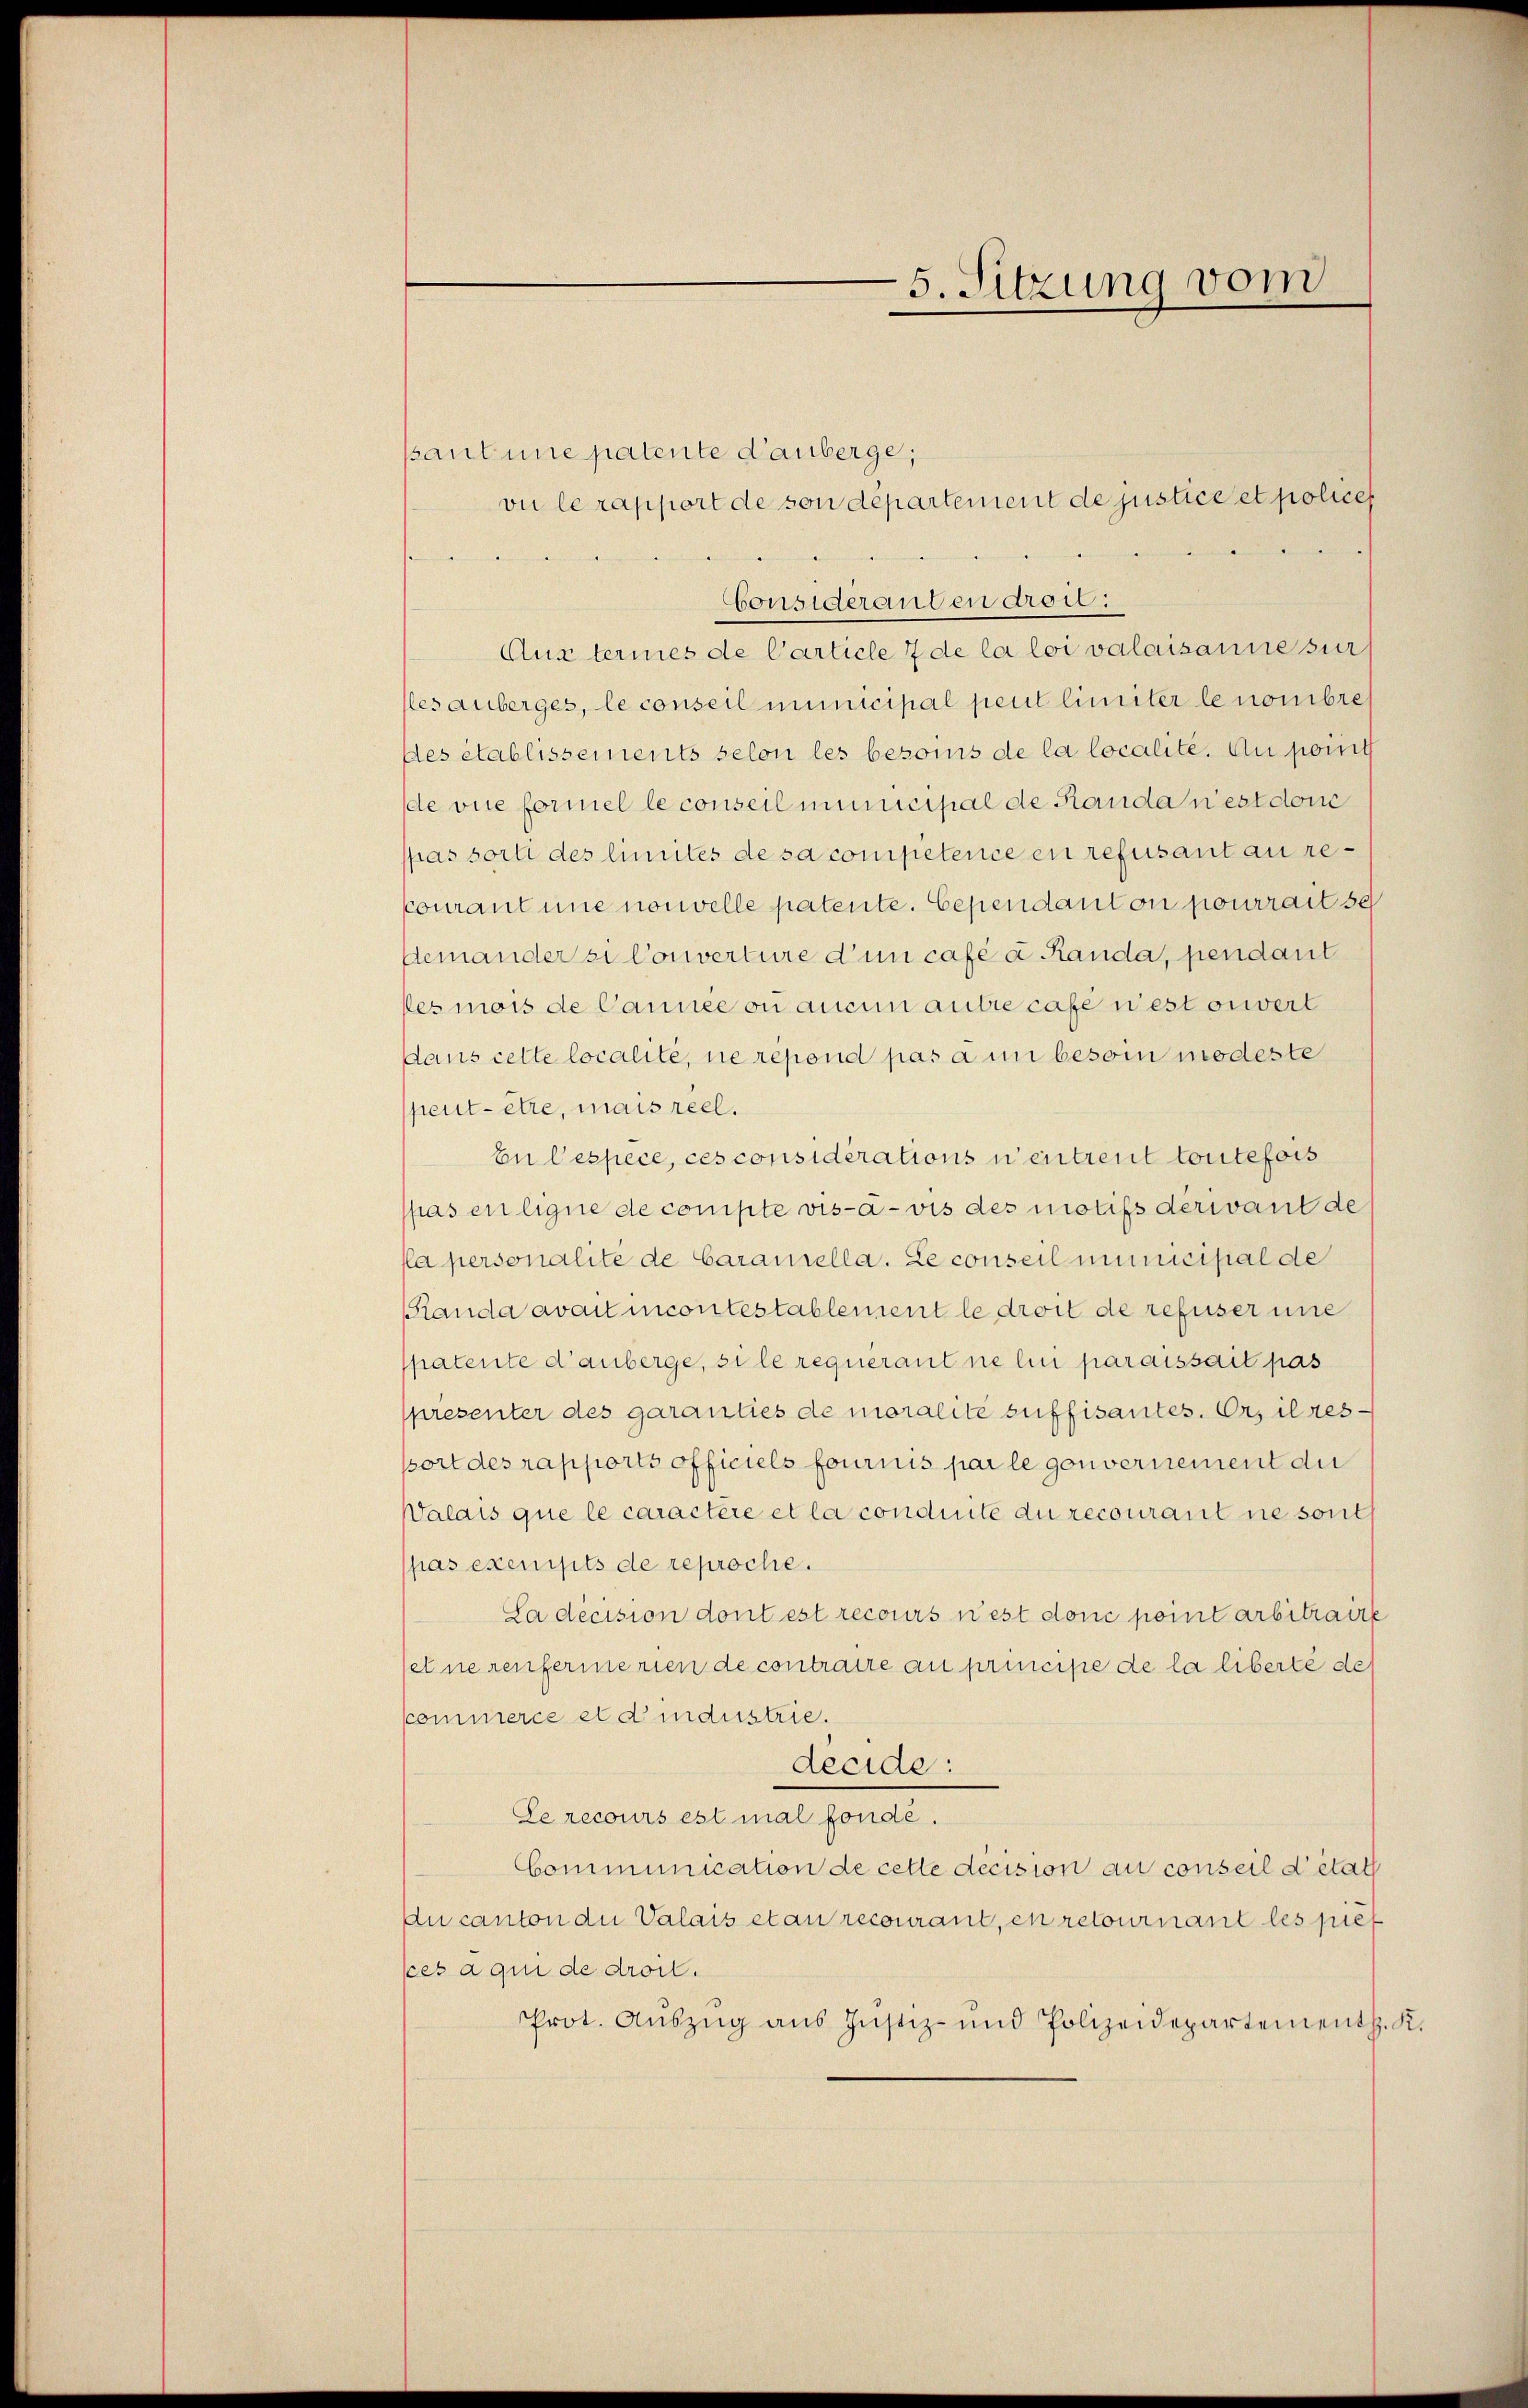
pant une patente Lauberge,
vie le rapport de von département de justice et policet
Consideranten droi:
Austeries de Carticle 7 de la loi valaisanne zur
lles anberges, le conseil municipal peut limiter le nombres
Des établissements selon les besoins de la localite. An pomit
de vue formel le conseil municipal de Randa n’est donc
pas sort des limites de sa competence en refusant au recourant une nouvelle patente. Cependant on pourrait se
demander zu Converture d’un case u. Randa, pendant
les mois de Cannes ou aucun autre case nest orwert
dans cette localité, ne répond pas à un besoin modeste
peut être, mais reel.
En Despèce, ces considérations n’entreut toutefois
spas en ligne de compte vis-à-vis des motifs derivant des
lla personalité de Caramella. Le conseil municipal de
anda avait incontestablement le droit de refuser une
spatente d’auberge, si le requerant ne lini paraissait pas
spresenter des garanties de moralité suffisantes. Er, il res
port des rapports officiels fournis par le gouvernement die
Valais que le caractère et la conduite du recourait nie sont
pas exempts de reproche.
La décision dont est recours n’est donc point arbitraire
set ne renfermerien de contraire au principe de la liberté des
commerce et d’industrie.
decide:
Le recours est mal fonde.
Communication de cette décision au conseil d’état
Au canton die Valais etan recourant, en retournant les piet
sces a qui de droil.
Prot. Aŭszŭg ans Justiz- und Polizeidepartement. K.

5. Sitzung vom